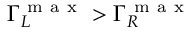
\Gamma _ { L } ^ { \mathrm { ~ m ~ a ~ x ~ } } > \Gamma _ { R } ^ { \mathrm { ~ m ~ a ~ x ~ } }